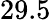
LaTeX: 29.5